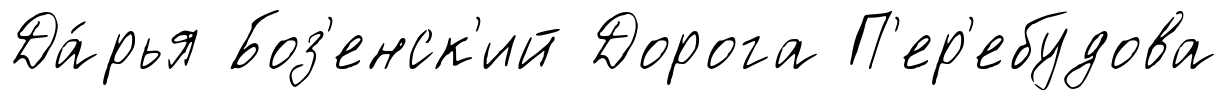
Да́рья Боз'енск'ий Дорога П'ер'ебудова